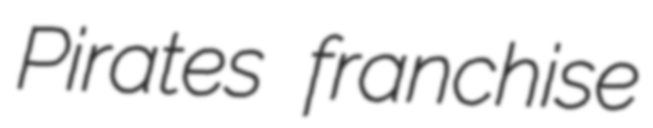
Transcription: Pirates franchise